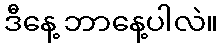
ဒီနေ့ ဘာနေ့ပါလဲ။